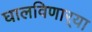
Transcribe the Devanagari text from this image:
घालविणार्‍या